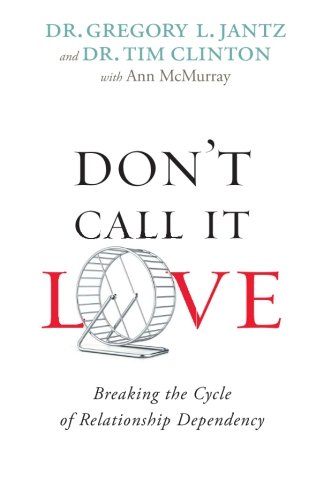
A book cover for Don't Call It Love: Breaking the Cycle of Relationship Dependency; Dr. Gregory L. Jantz; Self-Help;